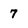
Character: 7